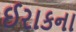
ઈરાકના